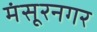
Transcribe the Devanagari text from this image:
मंसूरनगर